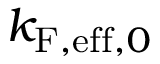
k _ { \mathrm { F , e f f } , 0 }